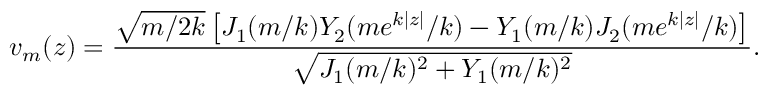
v _ { m } ( z ) = \frac { \sqrt { m / 2 k } \left[ J _ { 1 } ( m / k ) Y _ { 2 } ( m e ^ { k | z | } / k ) - Y _ { 1 } ( m / k ) J _ { 2 } ( m e ^ { k | z | } / k ) \right] } { \sqrt { J _ { 1 } ( m / k ) ^ { 2 } + Y _ { 1 } ( m / k ) ^ { 2 } } } .